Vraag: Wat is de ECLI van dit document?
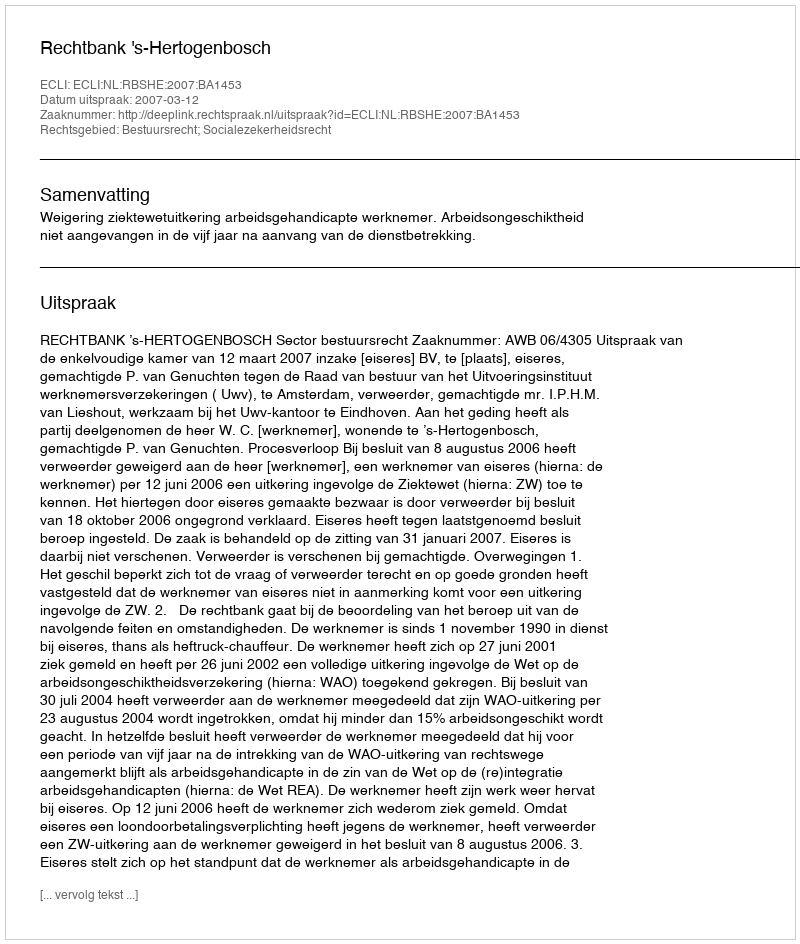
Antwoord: ECLI:NL:RBSHE:2007:BA1453